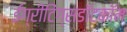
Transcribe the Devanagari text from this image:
ईग्रीटिंग्सडॉटकॉम